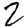
Digit: 2